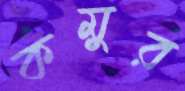
কমুর